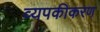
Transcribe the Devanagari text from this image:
व्यपकीकरण